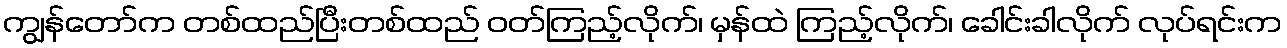
ကျွန်တော်က တစ်ထည်ပြီးတစ်ထည် ဝတ်ကြည့်လိုက်၊ မှန်ထဲ ကြည့်လိုက်၊ ခေါင်းခါလိုက် လုပ်ရင်းက